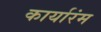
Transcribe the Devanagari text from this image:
कार्यारंम